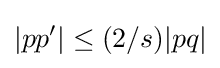
|pp'|\leq (2/s)|pq|